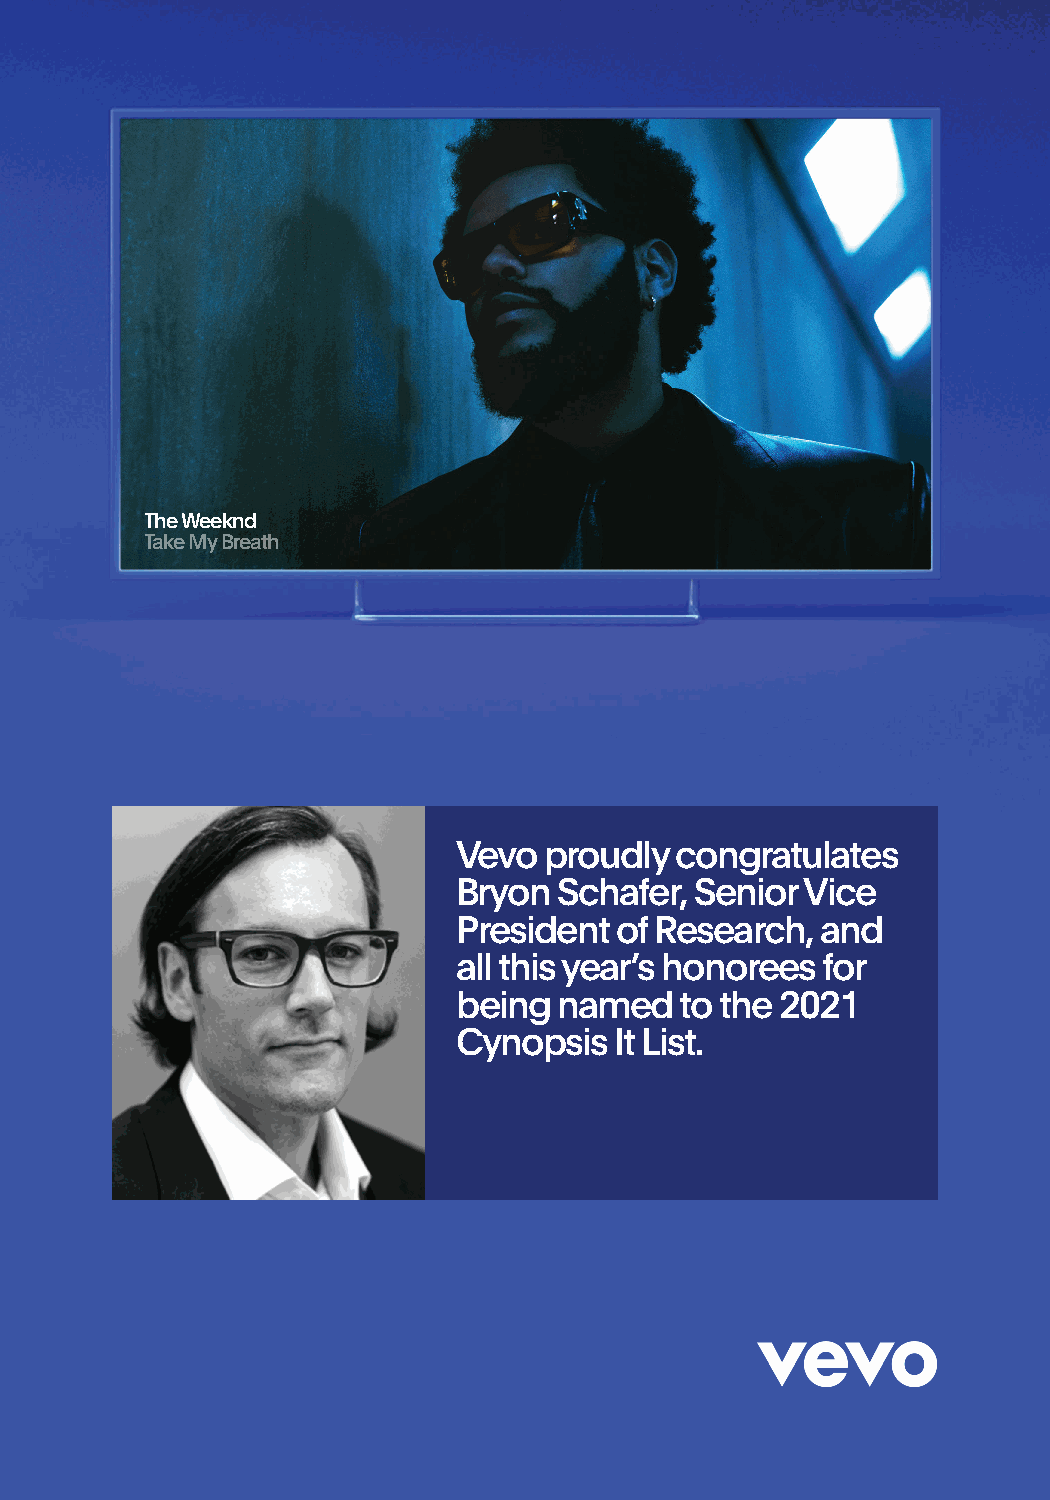
The Weeknd
 Take My Breath
 Vevo  proudly  congratulates
 Bryon  Schafer, Senior Vice
 President  of Research, and
 all this year’s honorees for
 being  named   to the 2021
 Cynopsis   It List.
 2